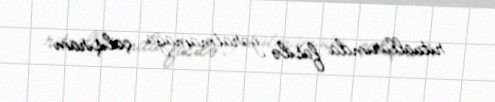
rituallarımda fasilə yaratmamağa çalışıram.